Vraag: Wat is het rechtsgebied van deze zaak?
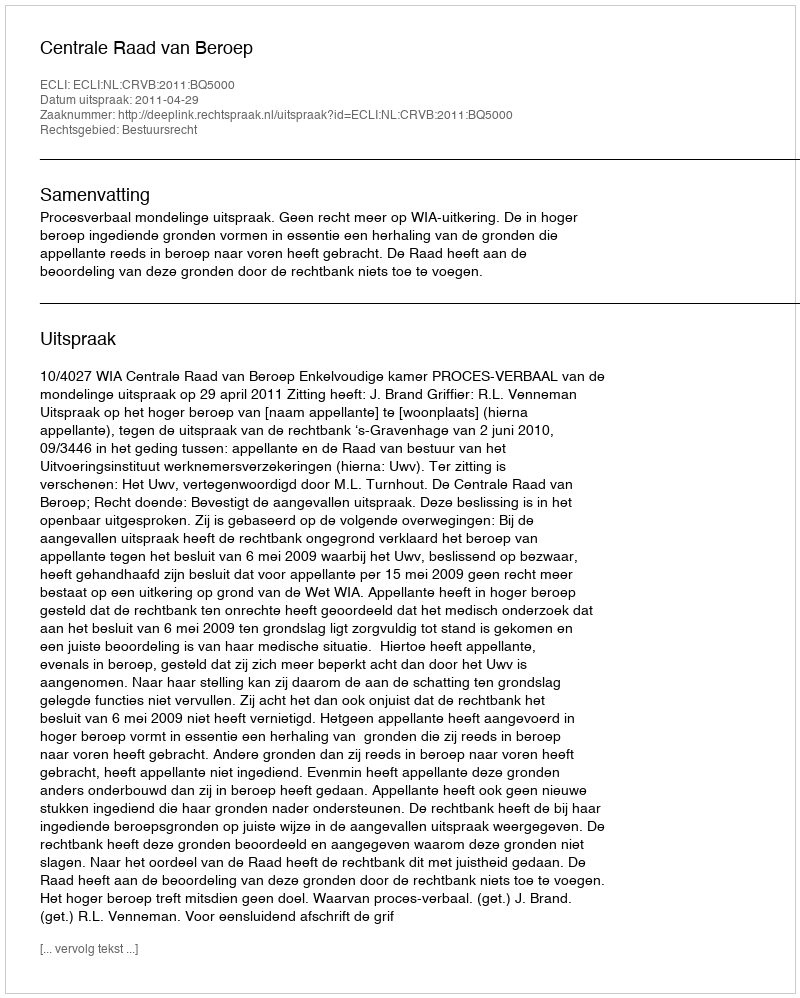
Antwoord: Bestuursrecht